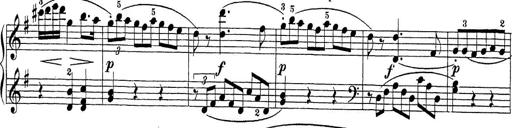
Title: Sonatina Album
Composer: Louis KÃ¶hler